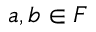
a , b \in F